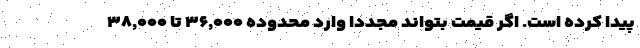
پیدا کرده است. اگر قیمت بتواند مجدداً وارد محدوده ۳۶,۰۰۰ تا ۳۸,۰۰۰